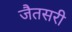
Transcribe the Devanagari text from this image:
जैतसरी